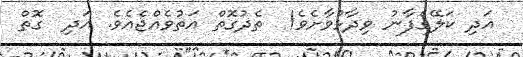
އަދި ކަލޭގެފާނު ވިދާޅުވާށެވެ!  ތެދުގޮތް އަތުވެއްޖެއެވެ. އަދި  ގޮތް